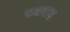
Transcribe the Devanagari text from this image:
पधराड़